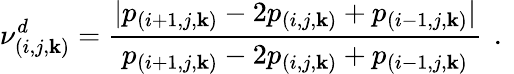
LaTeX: \nu_{(i,j,\mathbf{k})}^{d}=\frac{{|p_{(i+1,j,\mathbf{k})}-2p_{(i,j,\mathbf{k})}+p_{(i-1,j,\mathbf{k})}|}}{{p_{(i+1,j,\mathbf{k})}-2p_{(i,j,\mathbf{k})}+p_{(i-1,j,\mathbf{k})}}}\, \mathrm{{~.~}}